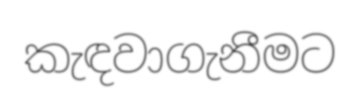
කැඳවාගැනීමට